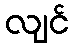
လျင်